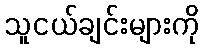
သူငယ်ချင်းများကို